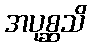
အပုစ္ဆသိ